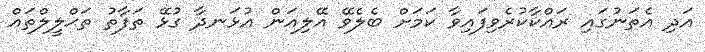
އަދި އެތަނުގައި ރައްކާކުރެވިފައިވާ ކަމަށް ބެލެވޭ އޭލިއަން އުޅަނދާ ގުޅޭ ތަފާތު ތަޙްލީލްތައް